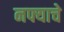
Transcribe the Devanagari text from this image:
नफ्याचे